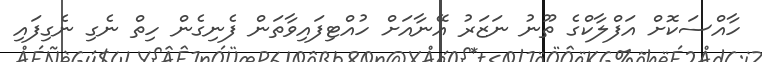
ހާއްސަކޮށް އަފްލާކްގެ ތޫނު ނަޒަރު އޭނާއަށް ހުއްޓިފައިވާތަން ފެނިގެން ހިތް ނެގި ނެގިފައި